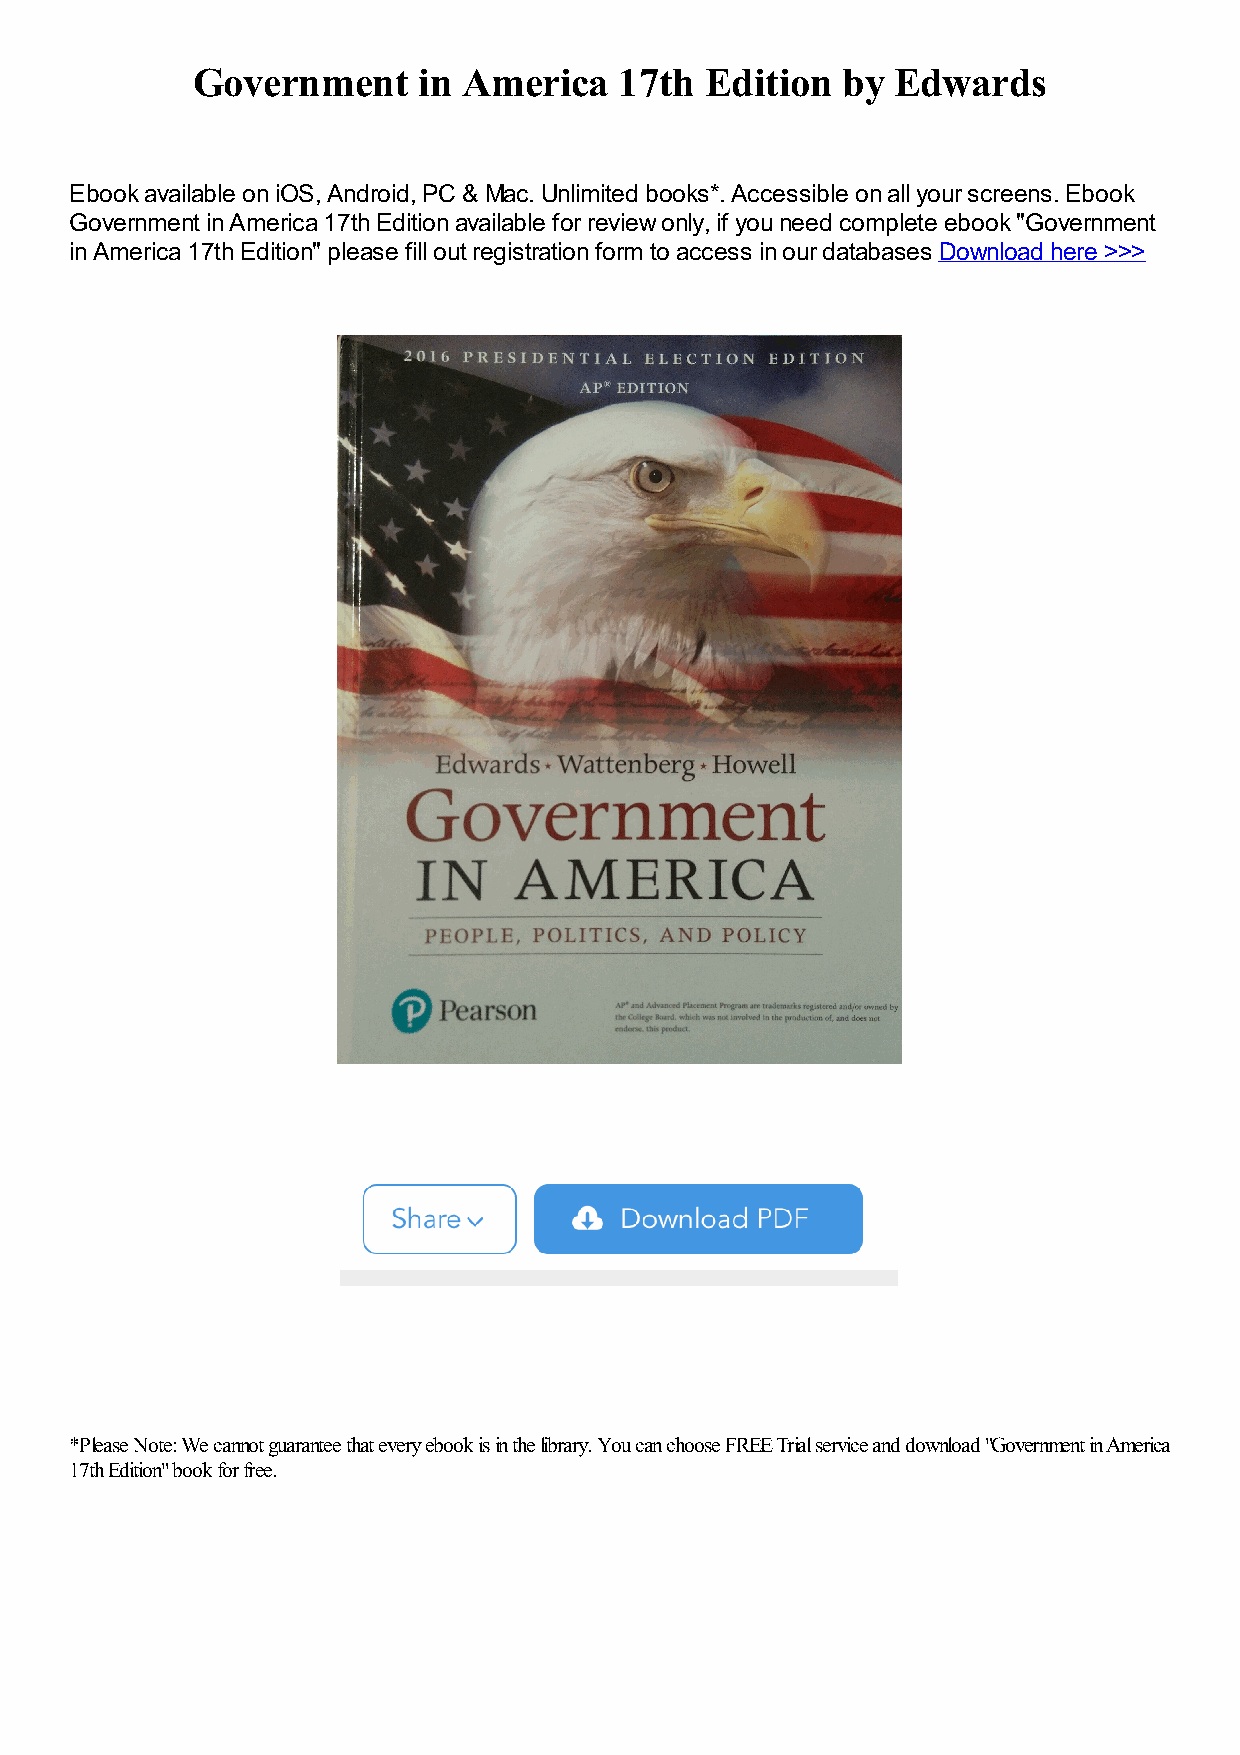
Government     in America   17th  Edition  by Edwards
 Ebook available on iOS, Android, PC & Mac. Unlimited books*. Accessible on all your screens. Ebook
 Government in America 17th Edition available for review only, if you need complete ebook "Government
 in America 17th Edition" please fill out registration form to access in our databases Download here >>>
 *Please Note: We cannot guarantee that every ebook is in the library. You can choose FREE Trial service and download "Government in America
 17th Edition" book for free.